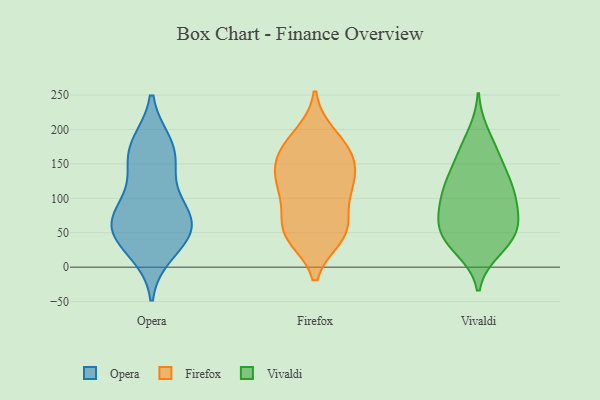
{"axis": {"x": "Operating Costs (USD K)", "y": "Value"}, "legend": ["Firefox", "Opera", "Vivaldi"], "data": [{"x": "", "y": 159, "type": "Opera"}, {"x": "", "y": 83, "type": "Opera"}, {"x": "", "y": 40, "type": "Opera"}, {"x": "", "y": 144, "type": "Opera"}, {"x": "", "y": 59, "type": "Opera"}, {"x": "", "y": 178, "type": "Opera"}, {"x": "", "y": 66, "type": "Opera"}, {"x": "", "y": 176, "type": "Opera"}, {"x": "", "y": 95, "type": "Opera"}, {"x": "", "y": 65, "type": "Opera"}, {"x": "", "y": 47, "type": "Opera"}, {"x": "", "y": 23, "type": "Opera"}, {"x": "", "y": 129, "type": "Firefox"}, {"x": "", "y": 50, "type": "Firefox"}, {"x": "", "y": 44, "type": "Firefox"}, {"x": "", "y": 156, "type": "Firefox"}, {"x": "", "y": 149, "type": "Firefox"}, {"x": "", "y": 192, "type": "Firefox"}, {"x": "", "y": 184, "type": "Firefox"}, {"x": "", "y": 89, "type": "Firefox"}, {"x": "", "y": 119, "type": "Firefox"}, {"x": "", "y": 114, "type": "Firefox"}, {"x": "", "y": 169, "type": "Firefox"}, {"x": "", "y": 58, "type": "Firefox"}, {"x": "", "y": 44, "type": "Firefox"}, {"x": "", "y": 113, "type": "Firefox"}, {"x": "", "y": 158, "type": "Firefox"}, {"x": "", "y": 56, "type": "Firefox"}, {"x": "", "y": 145, "type": "Vivaldi"}, {"x": "", "y": 117, "type": "Vivaldi"}, {"x": "", "y": 194, "type": "Vivaldi"}, {"x": "", "y": 25, "type": "Vivaldi"}, {"x": "", "y": 109, "type": "Vivaldi"}, {"x": "", "y": 57, "type": "Vivaldi"}, {"x": "", "y": 41, "type": "Vivaldi"}, {"x": "", "y": 164, "type": "Vivaldi"}, {"x": "", "y": 168, "type": "Vivaldi"}, {"x": "", "y": 74, "type": "Vivaldi"}, {"x": "", "y": 116, "type": "Vivaldi"}, {"x": "", "y": 89, "type": "Vivaldi"}, {"x": "", "y": 41, "type": "Vivaldi"}, {"x": "", "y": 77, "type": "Vivaldi"}, {"x": "", "y": 28, "type": "Vivaldi"}, {"x": "", "y": 103, "type": "Vivaldi"}, {"x": "", "y": 64, "type": "Vivaldi"}, {"x": "", "y": 53, "type": "Vivaldi"}, {"x": "", "y": 129, "type": "Vivaldi"}]}